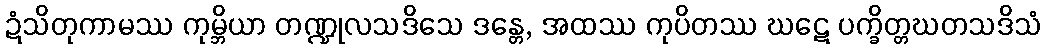
ဍံသိတုကာမဿ ကုမ္ဘိယာ တဏ္ဍုလသဒိသေ ဒန္တေ, အထဿ ကုပိတဿ ဃဋေ ပက္ခိတ္တဃတသဒိသံ